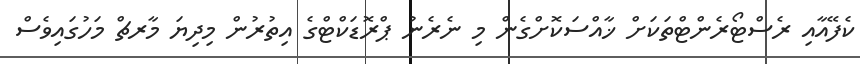
ކެފޭއާއި ރެސްޓޯރެންޓްތަކަށް ޚާއްސަކޮށްގެން މި ނެރެނު ޕްރޮޑަކްޓްގެ އިތުރުން މިދިޔަ މާރޗް މަހުގައިވެސް